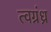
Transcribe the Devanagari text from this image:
त्वग्रंध्र